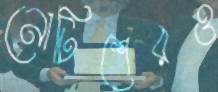
নোটিশেরও